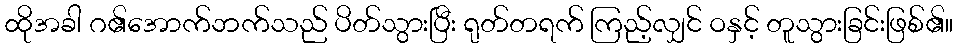
ထိုအခါ ဂ၏အောက်ဘက်သည် ပိတ်သွားပြီး ရုတ်တရက် ကြည့်လျှင် ဝနှင့် တူသွားခြင်းဖြစ်၏။